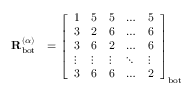
\begin{array} { r l } { \mathbf { R } _ { \mathrm { b o t } } ^ { ( \alpha ) } } & { = \left[ \begin{array} { l l l l l } { 1 } & { 5 } & { 5 } & { \dots } & { 5 } \\ { 3 } & { 2 } & { 6 } & { \dots } & { 6 } \\ { 3 } & { 6 } & { 2 } & { \dots } & { 6 } \\ { \vdots } & { \vdots } & { \vdots } & { \ddots } & { \vdots } \\ { 3 } & { 6 } & { 6 } & { \dots } & { 2 } \end{array} \right] _ { \mathrm { b o t } } } \end{array}